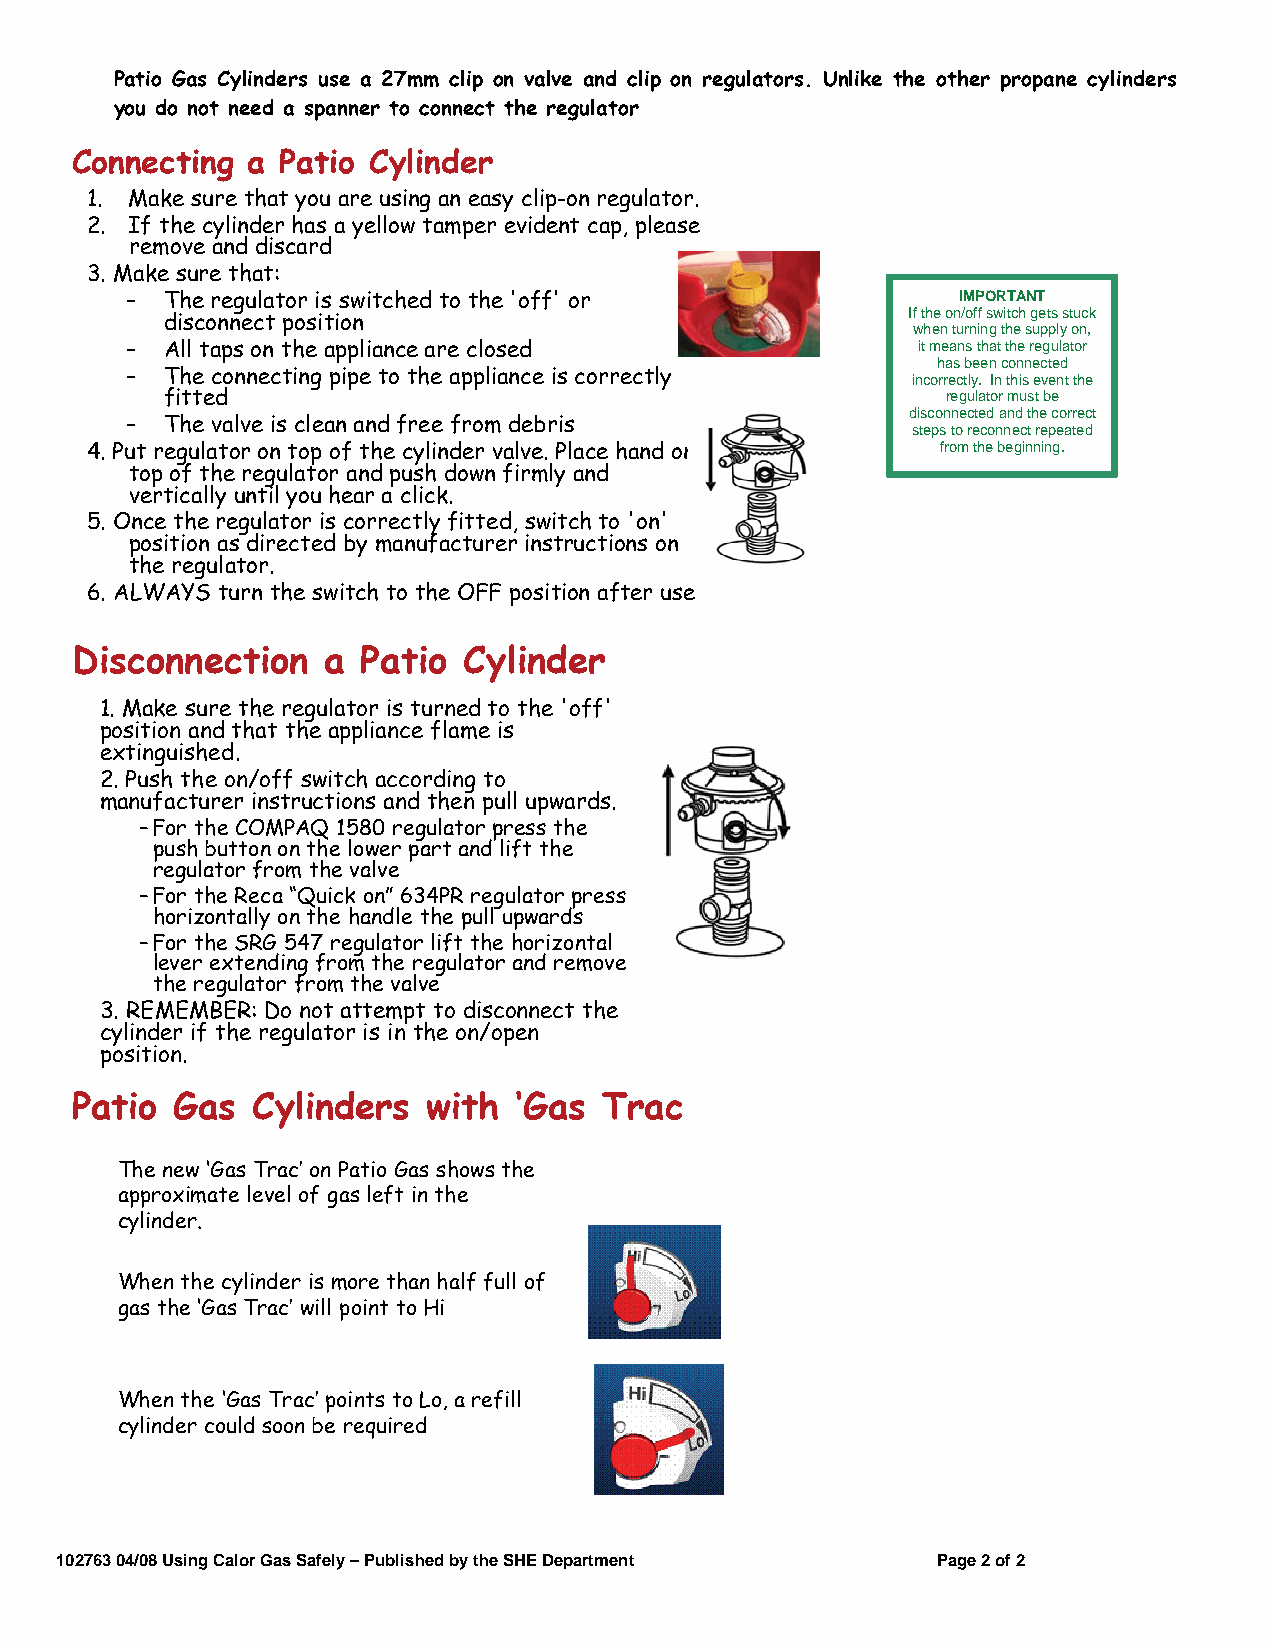
Patio Gas Cylinders use a 27mm clip on valve and clip on regulators. Unlike the other propane cylinders
 you do not need a spanner to connect the regulator
 Connecting a  Patio Cylinder
 1. Make sure that you are using an easy clip-on regulator.
 2. If the cylinder has a yellow tamper evident cap, please
 remove and discard
 3. Make sure that:
 –  The regulator is switched to the 'off' or           IMPORTANT
 If the on/off switch gets stuck
 disconnect position
 when turning the supply on,
 –  All taps on the appliance are closed              it means that the regulator
 has been connected
 –  The connecting pipe to the appliance is correctly incorrectly. In this event the
 fitted                                              regulator must be
 –  The valve is clean and free from debris
 disconnected and the correct
 steps to reconnect repeated
 4. Put regulator on top of the cylinder valve. Place hand on from the beginning.
 top of the regulator and push down firmly and
 vertically until you hear a click.
 5. Once the regulator is correctly fitted, switch to 'on'
 position as directed by manufacturer instructions on
 the regulator.
 6. ALWAYS turn the switch to the OFF position after use
 Disconnection   a  Patio  Cylinder
 1. Make sure the regulator is turned to the 'off'
 position and that the appliance flame is
 extinguished.
 2. Push the on/off switch according to
 manufacturer instructions and then pull upwards.
 –For the COMPAQ 1580 regulator press the
 push button on the lower part and lift the
 regulator from the valve
 –For the Reca“Quick on” 634PR regulator press
 horizontally on the handle the pull upwards
 –For the SRG 547 regulator lift the horizontal
 lever extending from the regulator and remove
 the regulator from the valve
 3. REMEMBER: Do not attempt to disconnect the
 cylinder if the regulator is in the on/open
 position.
 Patio  Gas  Cylinders  with  ‘Gas  Trac
 The new ‘Gas Trac’ on Patio Gas shows the
 approximate level of gas left in the
 cylinder.
 When the cylinder is more than half full of
 gas the ‘Gas Trac’ will point to Hi
 When the ‘Gas Trac’ points to Lo, a refill
 cylinder could soon be required
 102763 04/08 Using Calor Gas Safely – Published by the SHE Department Page 2 of 2